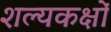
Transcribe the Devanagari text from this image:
शल्यकक्षों